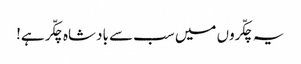
یہ چکّروں میں سب سے بادشاہ چکّر ہے!